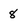
Character: 8